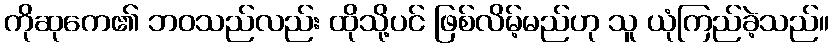
ကိုဆုကေ၏ ဘဝသည်လည်း ထိုသို့ပင် ဖြစ်လိမ့်မည်ဟု သူ ယုံကြည်ခဲ့သည်။